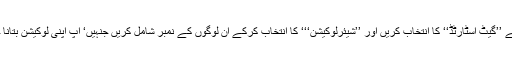
اس میں سے ’’گیٹ اسٹارٹڈ‘‘ کا انتخاب کریں اور ’’شیئرلوکیشن‘‘‘ کا انتخاب کرکے ان لوگوں کے نمبر شامل کریں جنہیں‘ آپ اپنی لوکیشن بتانا چاہتے ہیں۔